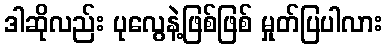
ဒါဆိုလည်း ပုလွေနဲ့ဖြစ်ဖြစ် မှုတ်ပြပါလား